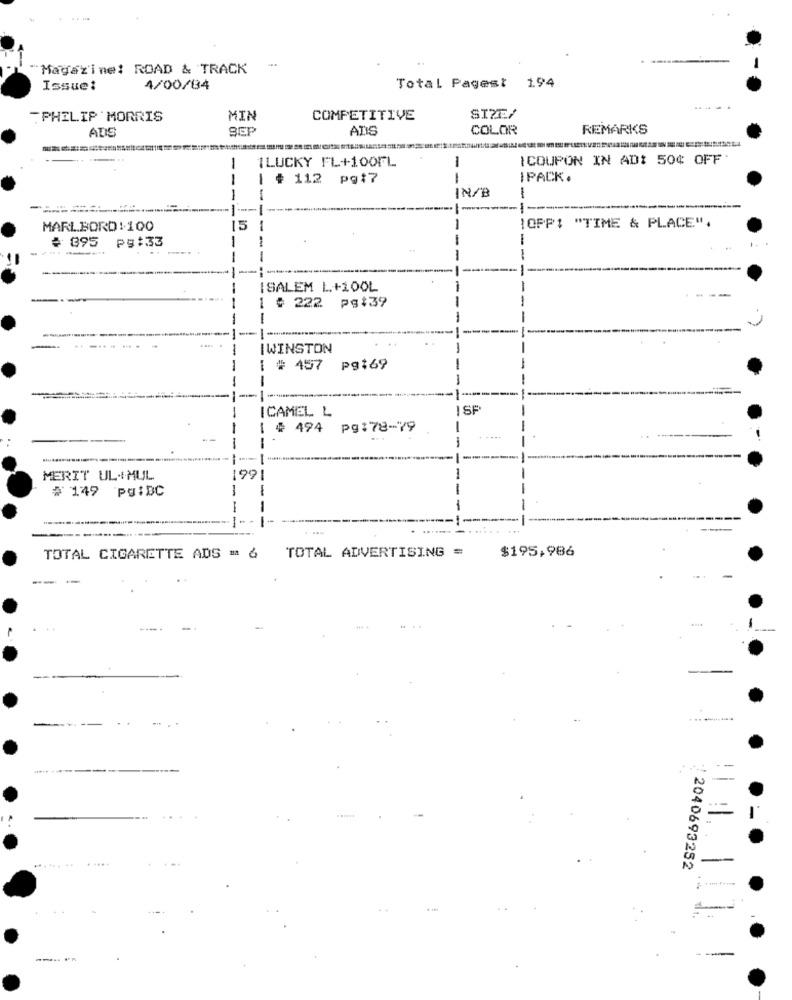
Magazine: ROAD & TRACK
Issue:
4/00/04
Total Pagest 194
.PHILIP MORRIS
MIN
COMPETITIVE
SIZE/
SEP
ALIS
COLOR
REMARKS
ADS
1LUCKY FL+100FL
-
ICOUPON IN AD: 50% OFF.
# 112 pg17
-
IPACK.
IN/B
---
--
-
------
-
MARLBORD : 100
15
-
-
OPP: "TIME & PLACE".
395
pg :33
-
-
-
. -
--
ISALEM L+100L
1 # 222 ps:39
IWINSTON
I # 457
Pg169
-
--
ICAMEL L
ISP
# 494 pg: 78-79
MERIT UL+MUL
99
# 149
Pg:BC
---
$195,986
TOTAL CIGARETTE ADS = 6
TOTAL ADVERTISING =
---
2040693252